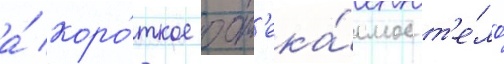
а́ коро́ткое обт'ека́емое т'е́ло